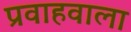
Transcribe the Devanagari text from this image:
प्रवाहवाला